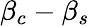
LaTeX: \beta_{c}-\beta_{s}